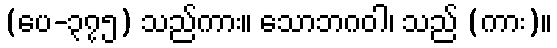
(ပေ-၃၇၅) သည်ကား။ သောဘဂဝါ၊ သည် (ကား)။